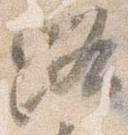
路